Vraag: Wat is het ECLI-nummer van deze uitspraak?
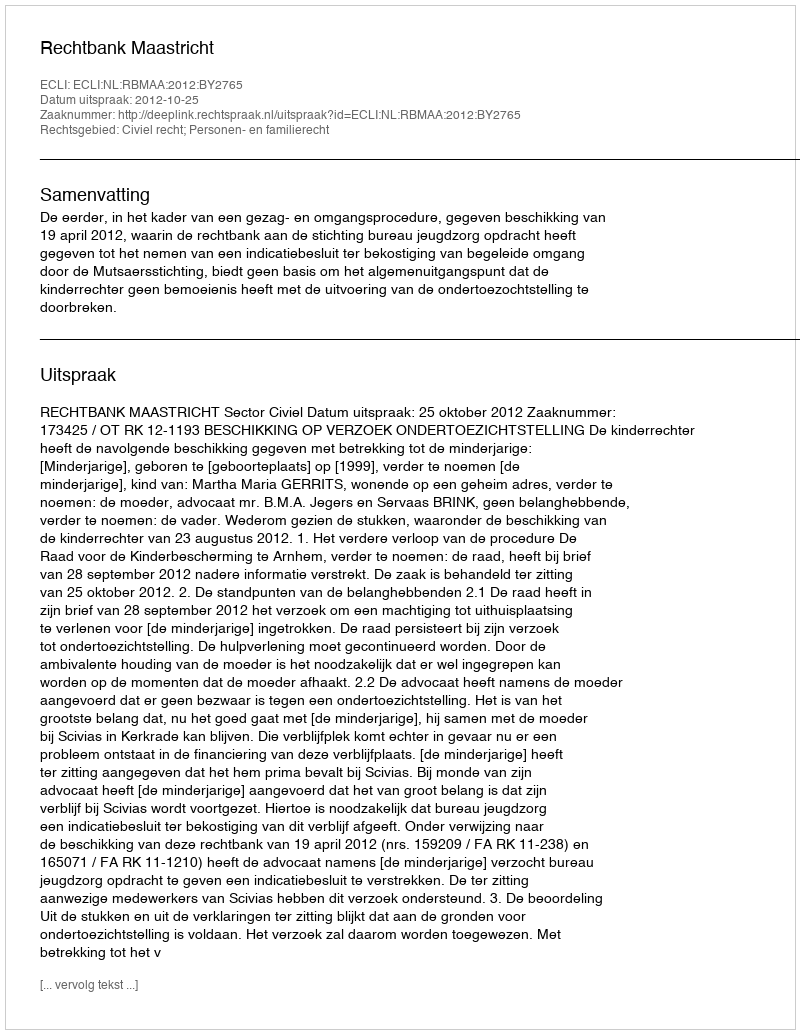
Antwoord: ECLI:NL:RBMAA:2012:BY2765